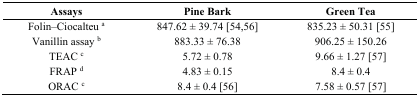
<table><thead><tr><td><b>Assays</b></td><td><b>Pine Bark</b></td><td><b>Green Tea</b></td></tr></thead><tbody><tr><td>Folin–Ciocalteu <sup>a</sup></td><td>847.62 ± 39.74 [54,56]</td><td>835.23 ± 50.31 [55]</td></tr><tr><td>Vanillin assay <sup>b</sup></td><td>883.33 ± 76.38</td><td>906.25 ± 150.26</td></tr><tr><td>TEAC <sup>c</sup></td><td>5.72 ± 0.78</td><td>9.66 ± 1.27 [57]</td></tr><tr><td>FRAP <sup>d</sup></td><td>4.83 ± 0.15</td><td>8.4 ± 0.4</td></tr><tr><td>ORAC <sup>c</sup></td><td>8.4 ± 0.4 [56]</td><td>7.58 ± 0.57 [57]</td></tr></tbody></table>